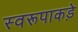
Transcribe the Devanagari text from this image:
स्वरूपाकड़े